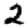
Digit: 2